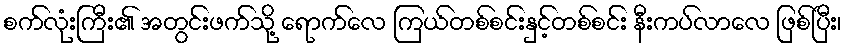
စက်လုံးကြီး၏ အတွင်းဖက်သို့ ရောက်လေ ကြယ်တစ်စင်းနှင့်တစ်စင်း နီးကပ်လာလေ ဖြစ်ပြီး၊